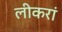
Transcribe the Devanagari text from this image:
लीकरां